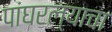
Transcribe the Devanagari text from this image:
पांघरल्याचा